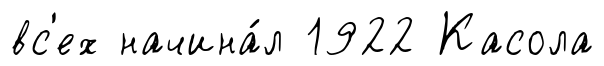
вс'ех начина́л 1922 Касола